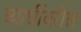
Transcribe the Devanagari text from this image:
व्याधींवरील